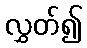
လွှတ်၍